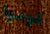
قوموا